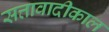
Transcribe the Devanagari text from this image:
सत्तावादीकाल